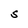
Character: S